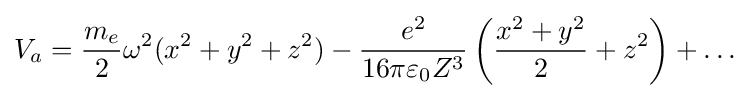
V_{a}={\frac {m_{e}}{2}}{\omega ^{2}}(x^{2}+y^{2}+z^{2})-{e^{2} \over 16\pi \varepsilon _{0}Z^{3}}\left({\frac {x^{2}+y^{2}}{2}}+z^{2}\right)+\ldots